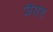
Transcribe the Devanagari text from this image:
जैराग